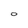
Character: O